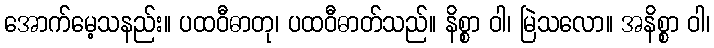
အောက်မေ့သနည်း။ ပထဝီဓာတု၊ ပထဝီဓာတ်သည်။ နိစ္စာ ဝါ၊ မြဲသလော။ အနိစ္စာ ဝါ၊